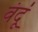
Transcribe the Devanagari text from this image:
वंदूं